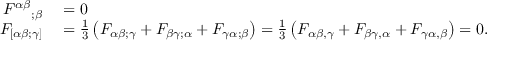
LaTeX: \begin{array} { r l } { { F ^ { \alpha \beta } } _ { ; \beta } } & { { } = 0 } \\ { F _ { [ \alpha \beta ; \gamma ] } } & { { } = { \frac { 1 } { 3 } } \left( F _ { \alpha \beta ; \gamma } + F _ { \beta \gamma ; \alpha } + F _ { \gamma \alpha ; \beta } \right) = { \frac { 1 } { 3 } } \left( F _ { \alpha \beta , \gamma } + F _ { \beta \gamma , \alpha } + F _ { \gamma \alpha , \beta } \right) = 0 . } \end{array}